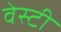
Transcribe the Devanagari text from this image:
वेस्टी